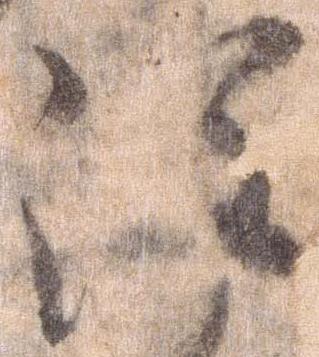
注